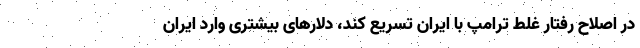
در اصلاح رفتار غلط ترامپ با ایران تسریع کند، دلارهای بیشتری وارد ایران